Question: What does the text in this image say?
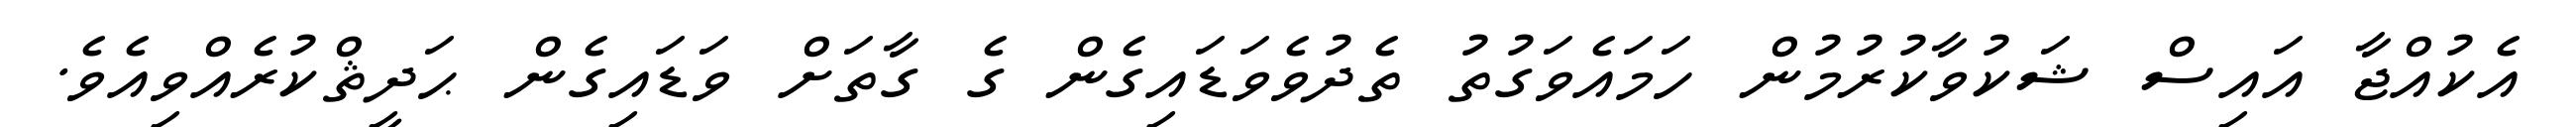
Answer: އެކުއްޖާ އައިސް ޝަކުވާކުރުމުން ހަމައެވަގުތު ތެދުވެވަޑައިގެން ގެ ގާތަށް ވަޑައިގެން ޙަދީޘްކުރެއްވިއެވެ.